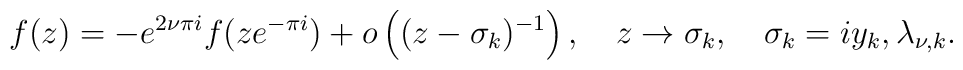
f(z)=-e^{2\nu \pi i}f(ze^{-\pi i})+o\left( (z-\sigma _k)^{-1}\right), \quad z\to \sigma _k,\quad \sigma _k=iy_k, \lambda _{\nu ,k}.